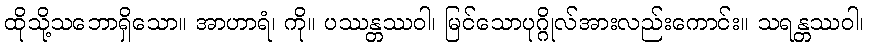
ထိုသို့သဘောရှိသော။ အာဟာရံ၊ ကို။ ပဿန္တဿဝါ၊ မြင်သောပုဂ္ဂိုလ်အားလည်းကောင်း။ သရန္တဿဝါ၊